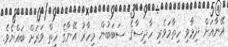
އޭނާއަށް ދިމާވި ހިތާމަވެރި ހާދިސާގެ ސަބަބުން މިހާރު އޭނާގެ ހިތް ވަރަށް ބައްޔެވެ.